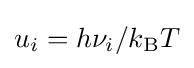
u_{i}=h\nu _{i}/k_{\mathrm {B} }T